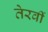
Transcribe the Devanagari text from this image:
तेरवीं